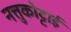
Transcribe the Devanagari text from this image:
नत्तुकोट्टाई